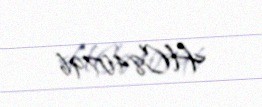
HC840796